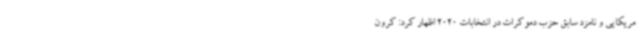
مریکایی و نامزد سابق حزب دموکرات در انتخابات 2020 اظهار کرد: کرون